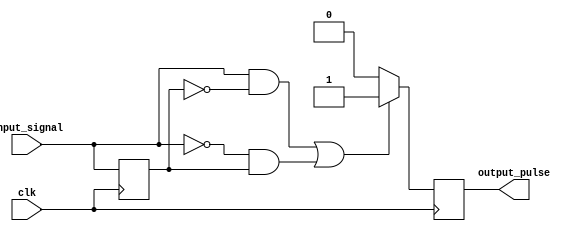
module pulse_edge_detector (
    input wire clk,              // Clock signal
    input wire input_signal,     // Input signal to detect edges
    output reg output_pulse      // Output pulse signal
);

    reg previous_state;          // Memory block to store the previous state of input_signal

    // On each rising edge of the clock
    always @(posedge clk) begin
        // Detect rising edge: current is 1, previous is 0
        // Detect falling edge: current is 0, previous is 1
        if ((input_signal == 1'b1 && previous_state == 1'b0) || 
            (input_signal == 1'b0 && previous_state == 1'b1)) begin
            output_pulse <= 1'b1; // Generate pulse for one clock cycle
        end else begin
            output_pulse <= 1'b0; // No edge detected, keep output low
        end
        
        // Update the previous state to the current state for the next clock cycle
        previous_state <= input_signal;
    end

endmodule